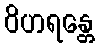
ဝိဟရန္တေ